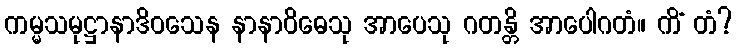
ကမ္မသမုဋ္ဌာနာဒိဝသေန နာနာဝိဓေသု အာပေသု ဂတန္တိ အာပေါဂတံ။ ကိံ တံ?